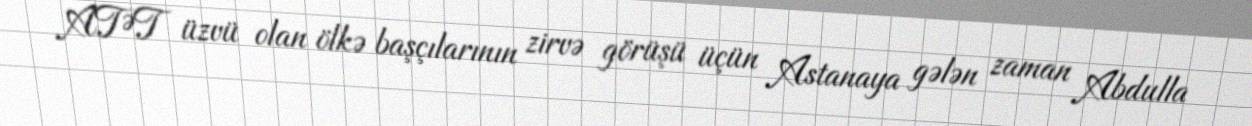
ATƏT üzvü olan ölkə başçılarının zirvə görüşü üçün Astanaya gələn zaman Abdulla